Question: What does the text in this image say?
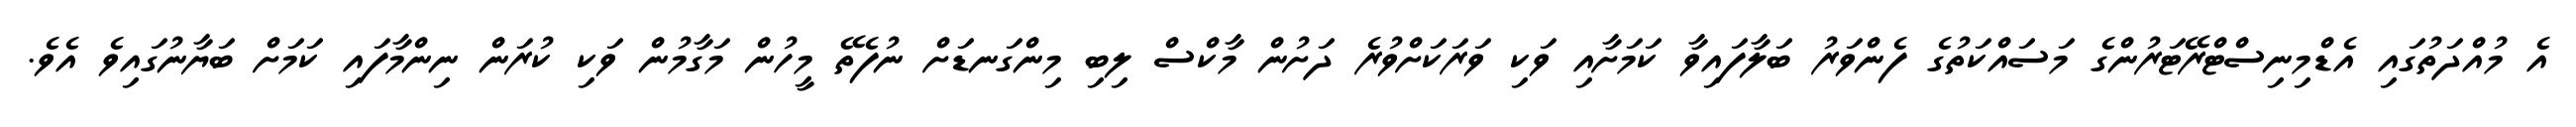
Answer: އެ މުއްދަތުގައި އެޑްމިނިސްޓްރޭޓަރުންގެ މަސައްކަތުގެ ފެންވަރު ބަލާފައިވާ ކަމަށާއި ވަކި ވަރަކަށްވުރެ ދަށުން މާކްސް ލިބި މިންގަނޑަށް ނުފެތޭ މީހުން މަގާމުން ވަކި ކުރަން ނިންމާފައި ކަމަށް ބަޔާނުގައިވެ އެވެ.